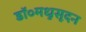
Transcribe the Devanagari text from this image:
डॉ०मधुसूदन